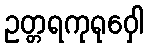
ဥတ္တရကုရုဝှေါ